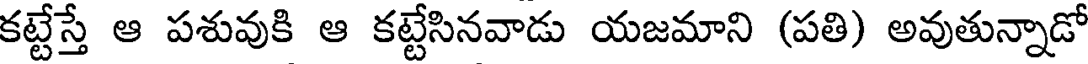
కట్టేస్తే ఆ పశువుకి ఆ కట్టేసినవాడు యజమాని (పతి) అవుతున్నాడో